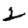
Digit: 2